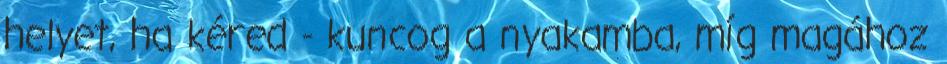
helyet, ha kéred - kuncog a nyakamba, míg magához